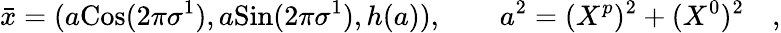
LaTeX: {\bar{x}}=(a\mathrm{Cos}(2\pi\sigma^{1}),a\mathrm{Sin}(2\pi\sigma^{1}),h(a)),\quad\quad a^{2}=(X^{p})^{2}+(X^{0})^{2}\quad,